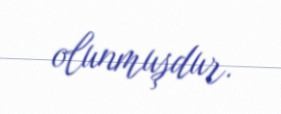
olunmuşdur.